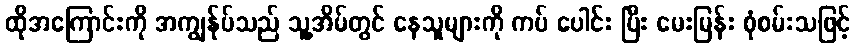
ထိုအကြောင်းကို အကျွန်ုပ်သည် သူ့အိမ်တွင် နေသူများကို ကပ် ပေါင်း ပြီး မေးမြန်း စုံစမ်းသဖြင့်